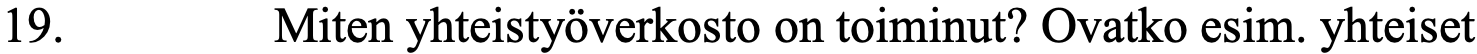
19.      Miten yhteistyöverkosto on toiminut? Ovatko esim. yhteiset